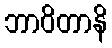
ဘာဝိတာနိ